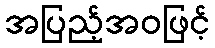
အပြည့်အဝဖြင့်